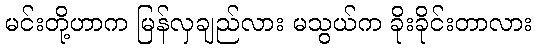
မင်းတို့ဟာက မြန်လှချည်လား မသွယ်က ခိုးခိုင်းတာလား